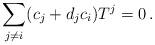
LaTeX: \begin{align*}\sum_{j \neq i} (c_j + d_j c_i) T^j =0 \, .\end{align*}